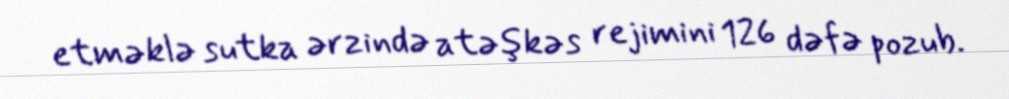
etməklə sutka ərzində atəşkəs rejimini 126 dəfə pozub.